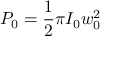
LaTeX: P _ { 0 } = { \frac { 1 } { 2 } } \pi I _ { 0 } w _ { 0 } ^ { 2 }